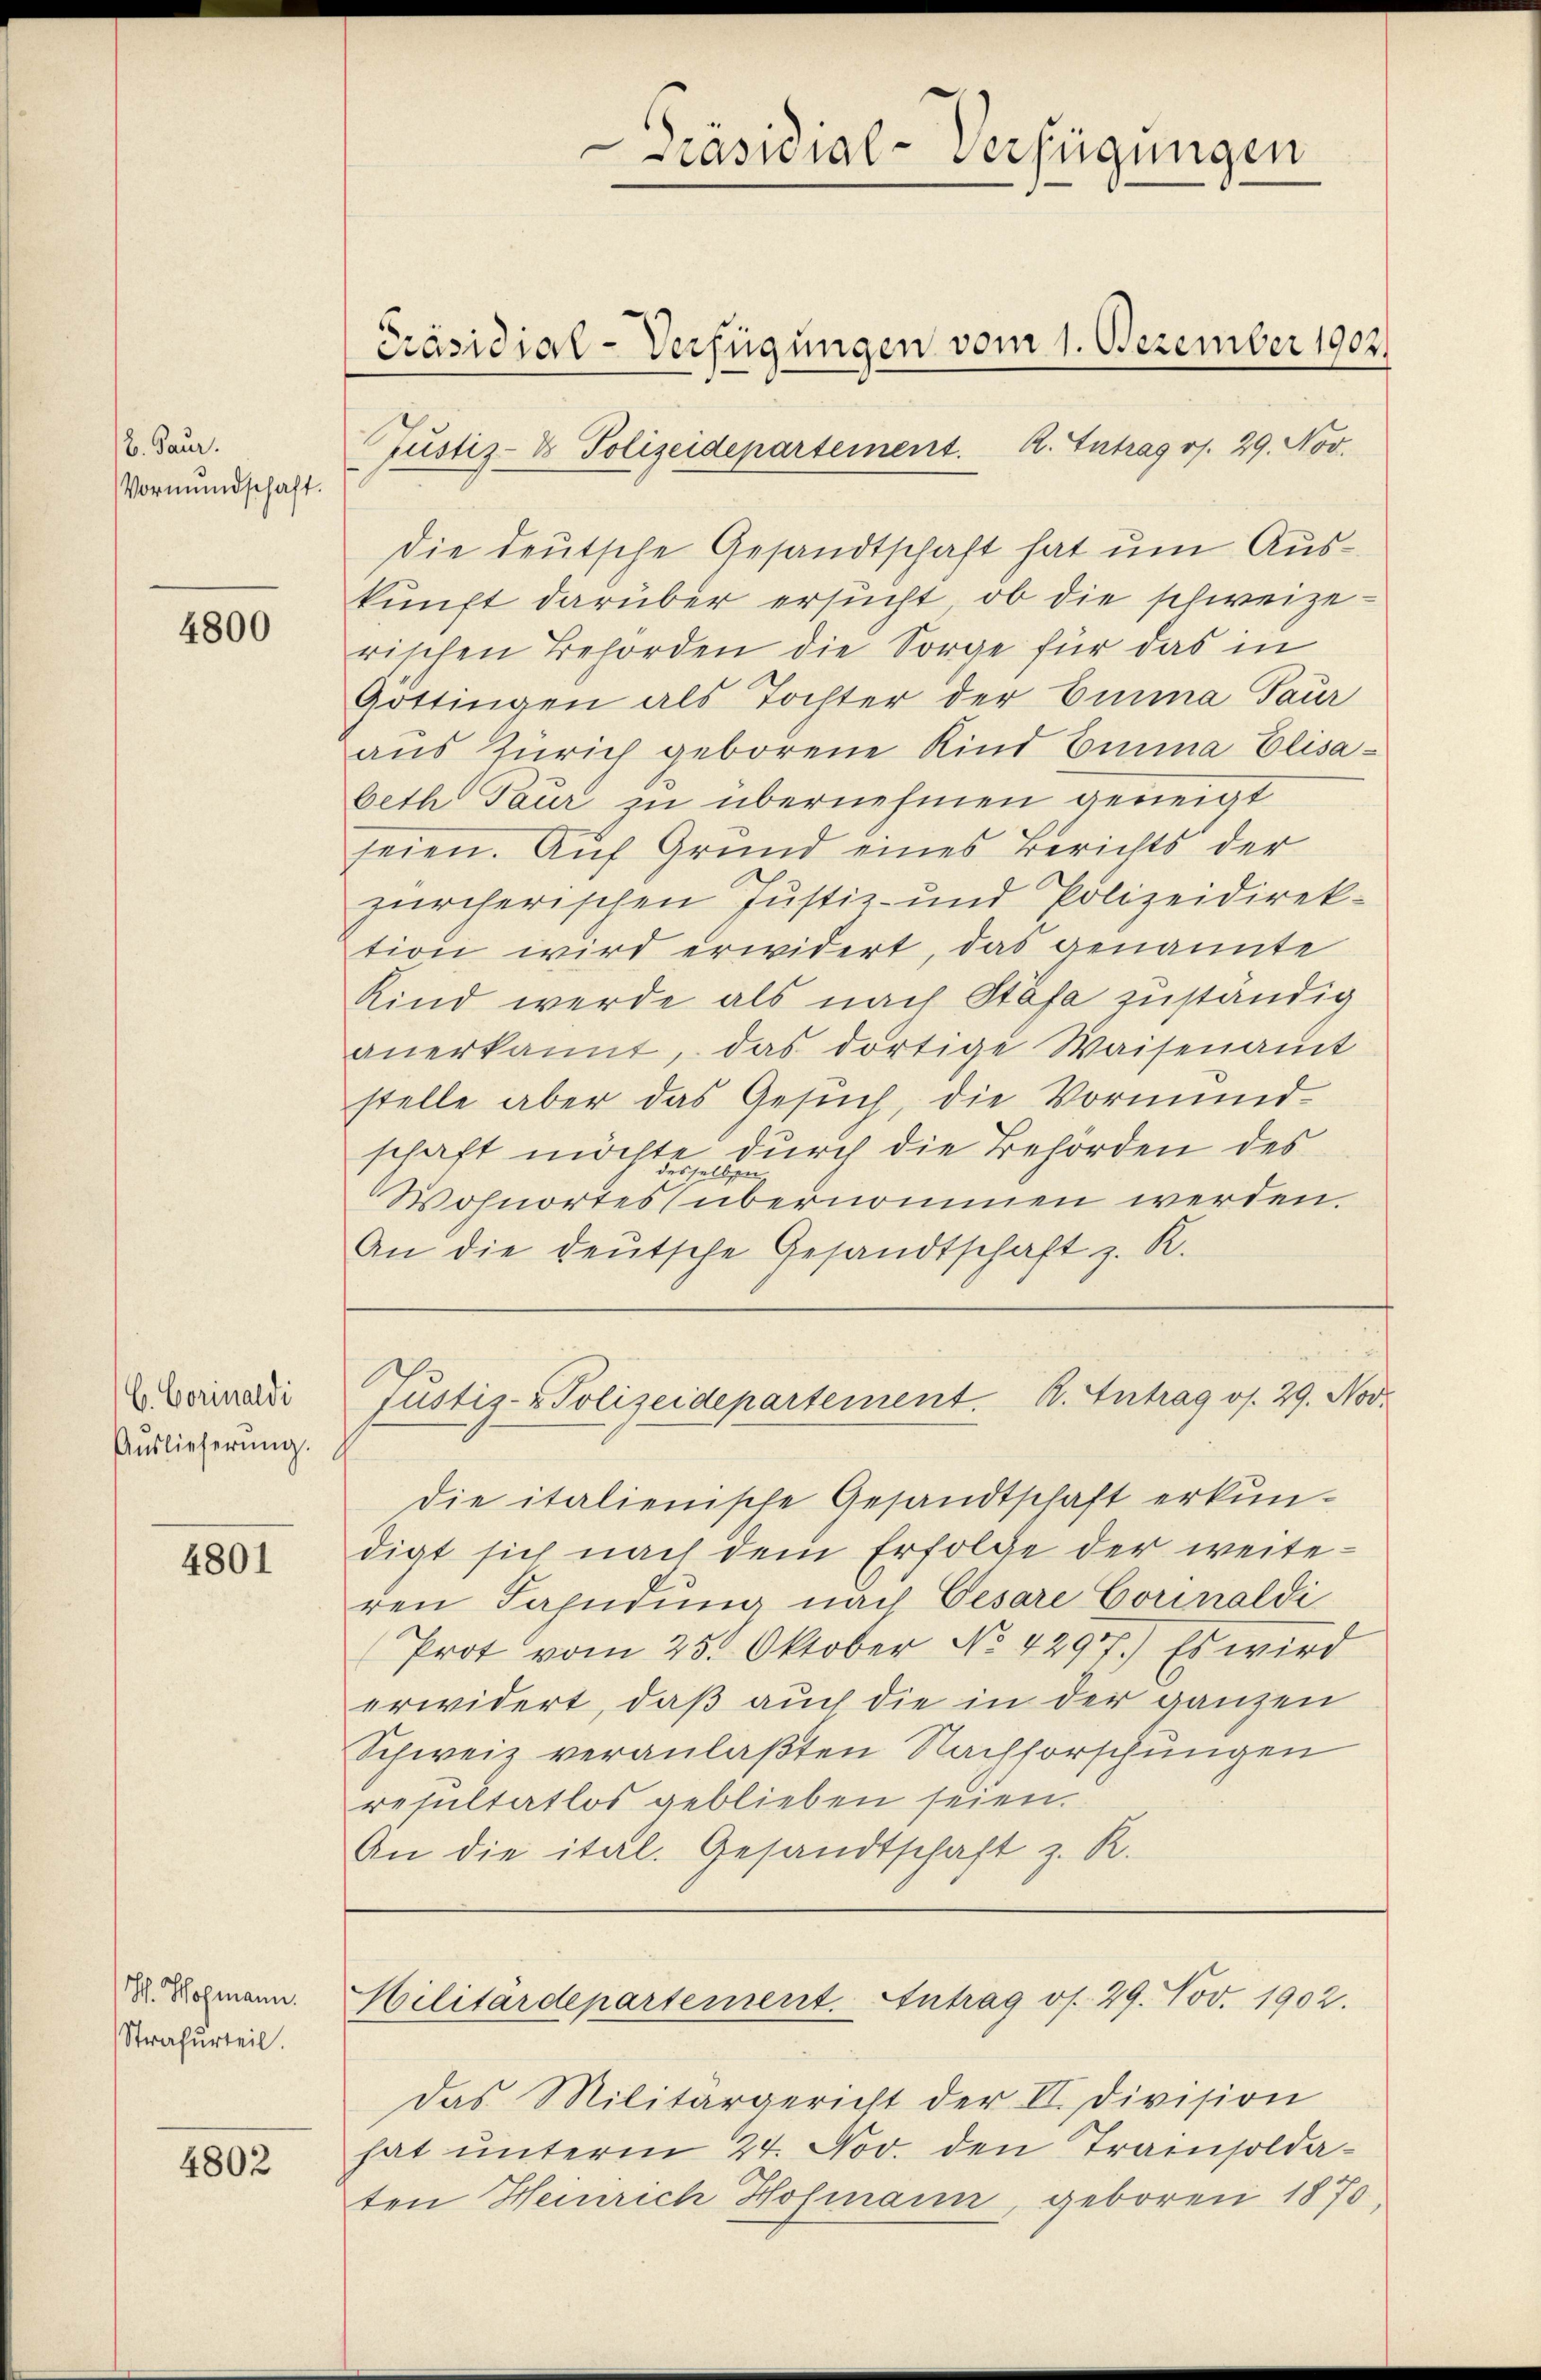
B. Paur.
Vormundschaft.

4800

C. Corinaldi
Auslieferŭng.

4801

S. Hofmann.
Strafurteil.

4802

e
Präsidial-Verfügungen

Präsidial-Verfügungen vom 1. Dezember 1902.
Justiz- & Polizeidepartement. R. Intrag v. 29. Nov.

Die deutsche Gesandtschaft hat um Auskunft darüber ersucht, ob die schweizerischen Behörden die Sorge für das in
Gottingen als Tochter der Einna Taur
aus Zürich geborene Kind Einna Elisabeth Paur zu übernehmen geneigt
seien. Auf Grund eines Berichts der
zürcherischen Justiz- und Polizeidirektion wird erwidert, das genannte
Kind werde als nach Stäfa zuständig
anerkannt, das dortige Waisenamt
stelle aber das Gesuch, die Vormund
schaft möchte durch die Behörden des
Wohnortes übernommen werden.
An die deutsche Gesandtschaft z. R.

die italienische Gesandtschaft erkundigt sich nach dem Erfolge der weiteren Fahndung nach Cesare Corinaldi
Prot vom 25. Oktober No. 42977.) Es wird
erwidert, daß auch die in der ganzen
Schweiz veranlaßten Nachforschungen
resultatlos geblieben seien.
An die ital. Gesandtschaft z. R.

Das Militärgericht der II. Division
hat unterm 24. Nov. den Trainsoldaten Henrich Hofmann, geboren 1870,

Justiz- & Polizeidepartement. B. Antrag os. 29. Nov.

Militärdepartement. Antrag os. 29. Nov. 1902.